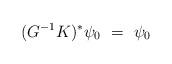
LaTeX: \begin{align*}(G^{-1} K)^\ast \psi_0 \ = \ \psi_0\end{align*}